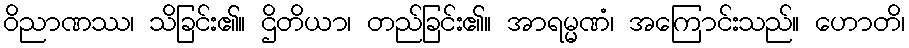
ဝိညာဏဿ၊ သိခြင်း၏။ ဌိတိယာ၊ တည်ခြင်း၏။ အာရမ္မဏံ၊ အကြောင်းသည်။ ဟောတိ၊